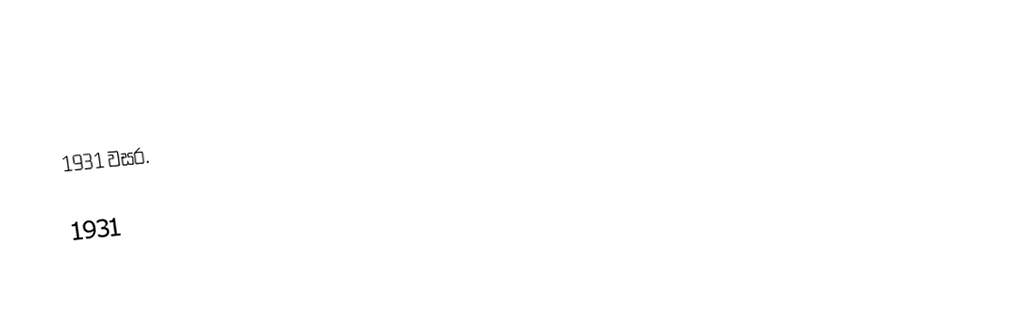
1931 වසර.

1931